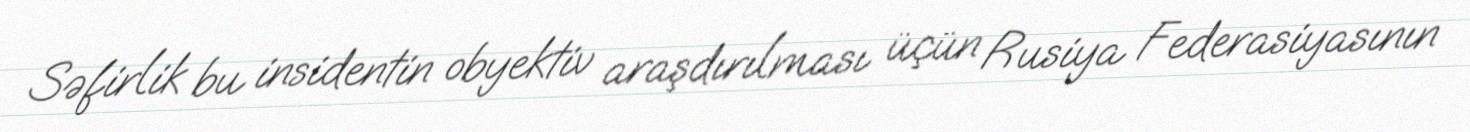
Səfirlik bu insidentin obyektiv araşdırılması üçün Rusiya Federasiyasının